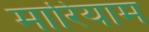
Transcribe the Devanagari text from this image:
मारियाम